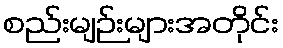
စည်းမျဉ်းများအတိုင်း